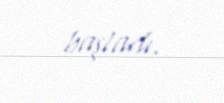
başladı.